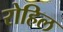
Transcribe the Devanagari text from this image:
रोहिल